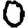
Digit: 0